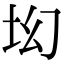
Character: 㘭